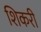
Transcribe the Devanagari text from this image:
शिकरी